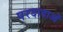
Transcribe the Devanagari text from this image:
परदादाओं